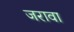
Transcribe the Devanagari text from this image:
जरावा